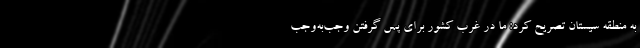
به منطقه سیستان تصریح کرد: ما در غرب کشور برای پس گرفتن وجب‌به‌وجب